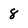
Character: 8